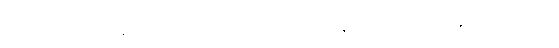
ဖြစ်ပြီးသော မိတ်ဆွေကောင်းကို မိတ်မပျက်စေရ၊ ကျေးဇူး ရှိဖူးသူကို ကျေးဇူးမကန်းရဟူလို။